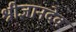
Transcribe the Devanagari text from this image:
श्रीज्ञानदेव